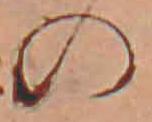
の